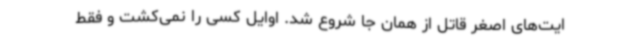
ایت‌های اصغر قاتل از همان جا شروع شد. اوایل کسی را نمی‌کشت و فقط